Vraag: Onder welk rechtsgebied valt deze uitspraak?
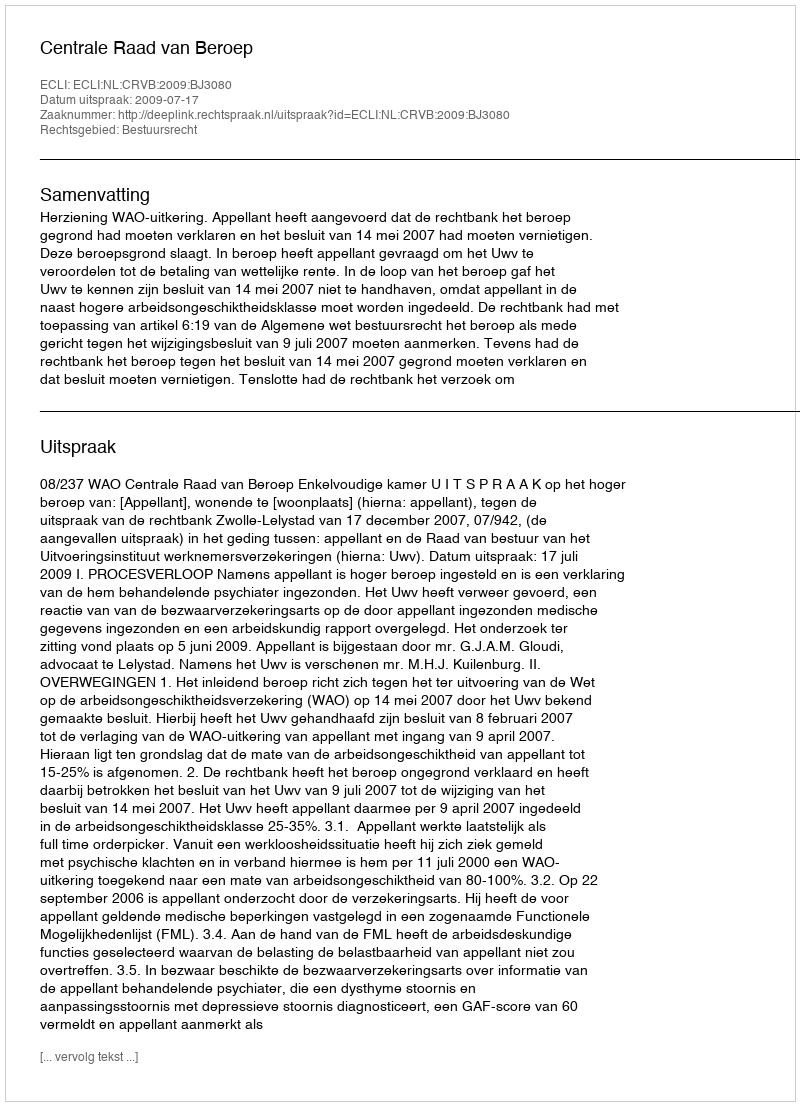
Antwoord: Bestuursrecht